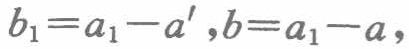
\(b_{1}=a_{1}-a^{\prime},b = a_{1}-a,\)